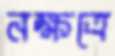
নক্ষত্রে